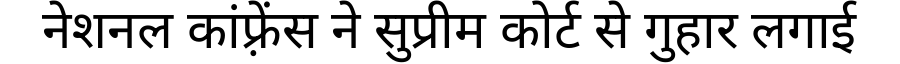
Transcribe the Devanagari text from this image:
नेशनल कांफ़्रेंस ने सुप्रीम कोर्ट से गुहार लगाई